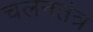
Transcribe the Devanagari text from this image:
चलनतंत्र